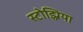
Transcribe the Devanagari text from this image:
स्टोझ्निया